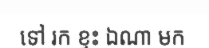
ទៅ រក ខ្ទះ ឯណា មក